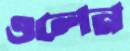
ওলেন